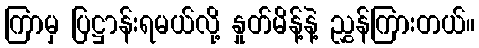
ကြာမှ ပြဋ္ဌာန်းရမယ်လို့ နှုတ်မိန့်နဲ့ ညွှန်ကြားတယ်။